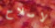
لاصلاح